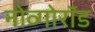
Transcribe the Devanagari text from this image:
नोव्गोरॉड